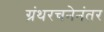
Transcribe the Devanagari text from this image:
ग्रंथरचनेनंतर